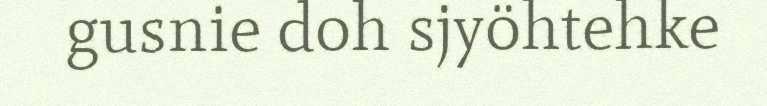
gusnie doh sjyöhtehke